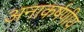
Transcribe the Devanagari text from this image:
अनाकर्षणीय